Scientific memoirs by medical officers of the Army of India - Part II,
Year: 1886
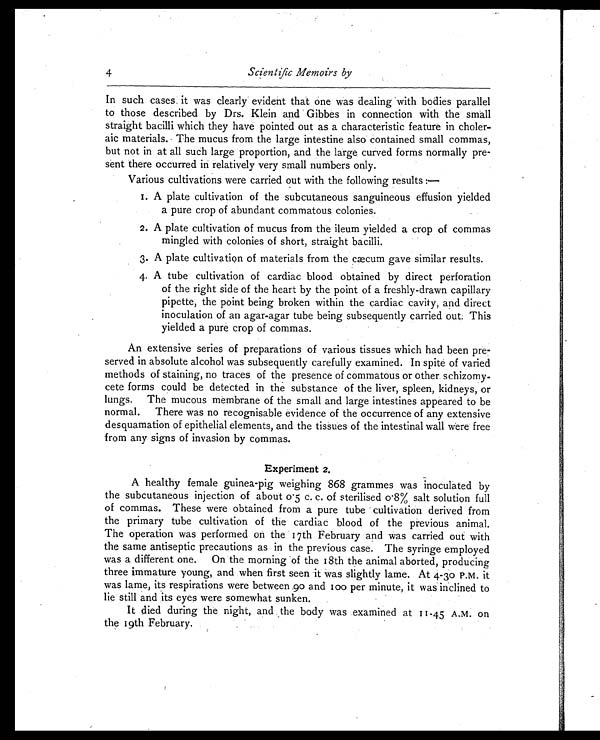
4
Scientific Memoirs by
In such cases it was clearly evident that one was dealing with bodies parallel
to those described by Drs. Klein and Gibbes in connection with the small
straight bacilli which they have pointed out as a characteristic feature in choler-
aic materials. The mucus from the large intestine also contained small commas,
but not in at all such large proportion, and the large curved forms normally pre-
sent there occurred in relatively very small numbers only.
Various cultivations were carried out with the following results :
—
1. A plate cultivation of the subcutaneous sanguineous effusion yielded
a pure crop of abundant commatous colonies.
2. A plate cultivation of mucus from the ileum yielded a crop of commas
mingled with colonies of short, straight bacilli.
3. A plate cultivation of materials from the cæcum gave similar results.
4. A tube cultivation of cardiac blood obtained by direct perforation
of the right side of the heart by the point of a freshly-drawn capillary
pipette, the point being broken within the cardiac cavity, and direct
inoculation of an agar-agar tube being subsequently carried out. This
yielded a pure crop of commas.
An extensive series of preparations of various tissues which had been pre-
served in absolute alcohol was subsequently carefully examined. In spite of varied
methods of staining, no traces of the presence of commatous or other schizomy-
cete forms could be detected in the substance of the liver, spleen, kidneys, or
lungs. The mucous membrane of the small and large intestines appeared to be
normal. There was no recognisable evidence of the occurrence of any extensive
desquamation of epithelial elements, and the tissues of the intestinal wall were free
from any signs of invasion by commas.
Experiment 2.
A healthy female guinea-pig weighing 868 grammes was inoculated by
the subcutaneous injection of about 0.5 c. c. of sterilised 0.8% salt solution full
of commas. These were obtained from a pure tube cultivation derived from
the primary tube cultivation of the cardiac blood of the previous animal.
The operation was performed on the 17th February and was carried out with
the same antiseptic precautions as in the previous case. The syringe employed
was a different one. On the morning of the 18th the animal aborted, producing
three immature young, and when first seen it was slightly lame. At 4-30 P.M. it
was lame, its respirations were between 90 and 100 per minute, it was inclined to
lie still and its eyes were somewhat sunken.
It died during the night, and the body was examined at 11-45 A.M. on
the 19th February.